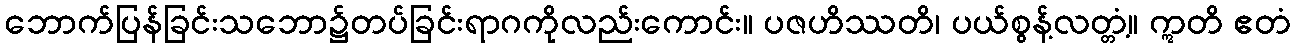
ဘောက်ပြန်ခြင်းသဘော၌တပ်ခြင်းရာဂကိုလည်းကောင်း။ ပဇဟိဿတိ၊ ပယ်စွန့်လတ္တံ့။ ဣတိ ဧတံ